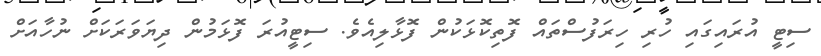
ސިޓީ އުރައިގައި ހުރި ހިރަފުސްތައް ފޮތިކޮޅަކުން ފޮޅާލިއެވެ. ސިޓީއުރަ ފޮޅަމުން ދިޔަވަރަކަށް ނުހާއަށް